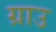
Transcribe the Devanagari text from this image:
ग्राउ